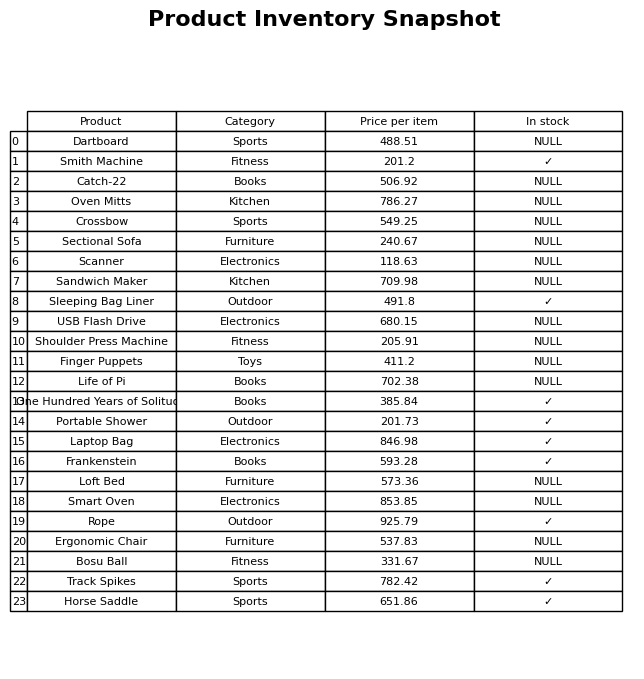
question: Is the Ergonomic Chair in stock?
answer: NULL